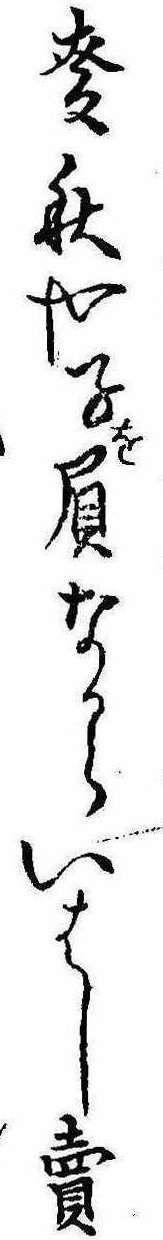
麦秋や子を負なからいはし売